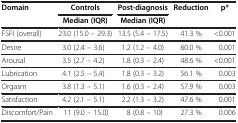
<table><thead><tr><td rowspan="2"><b>Domain</b></td><td><b>Controls</b></td><td><b>Post-diagnosis</b></td><td rowspan="2"><b>Reduction</b></td><td rowspan="2"><b>p*</b></td></tr><tr><td><b>Median (IQR)</b></td><td><b>Median (IQR)</b></td></tr></thead><tbody><tr><td>FSFI (overall)</td><td>23.0 (15.0 – 29.3)</td><td>13.5 (5.4 – 17.5)</td><td>41.3 %</td><td>&lt;0.001</td></tr><tr><td>Desire</td><td>3.0 (2.4 – 3.6)</td><td>1.2 (1.2 – 4.0)</td><td>60.0 %</td><td>0.001</td></tr><tr><td>Arousal</td><td>3.5 (2.7 – 4.2)</td><td>1.8 (0.3 – 2.4)</td><td>48.6 %</td><td>&lt;0.001</td></tr><tr><td>Lubrication</td><td>4.1 (2.5 – 5.4)</td><td>1.8 (0.3 – 3.2)</td><td>56.1 %</td><td>0.003</td></tr><tr><td>Orgasm</td><td>3.8 (1.3 – 5.1)</td><td>1.6 (0.3 – 2.4)</td><td>57.9 %</td><td>0.003</td></tr><tr><td>Satisfaction</td><td>4.2 (2.1 – 5.1)</td><td>2.2 (1.3 – 3.2)</td><td>47.6 %</td><td>0.001</td></tr><tr><td>Discomfort/Pain</td><td>11 (9.0 – 15.0)</td><td>8 (0.8 – 10)</td><td>27.3 %</td><td>0.006</td></tr></tbody></table>